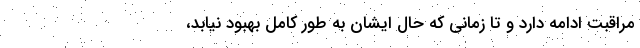
مراقبت ادامه دارد و تا زمانی که حال ایشان به طور کامل بهبود نیابد،